Report on vaccination proceedings throughout the Government of Bengal -
Year: 1868
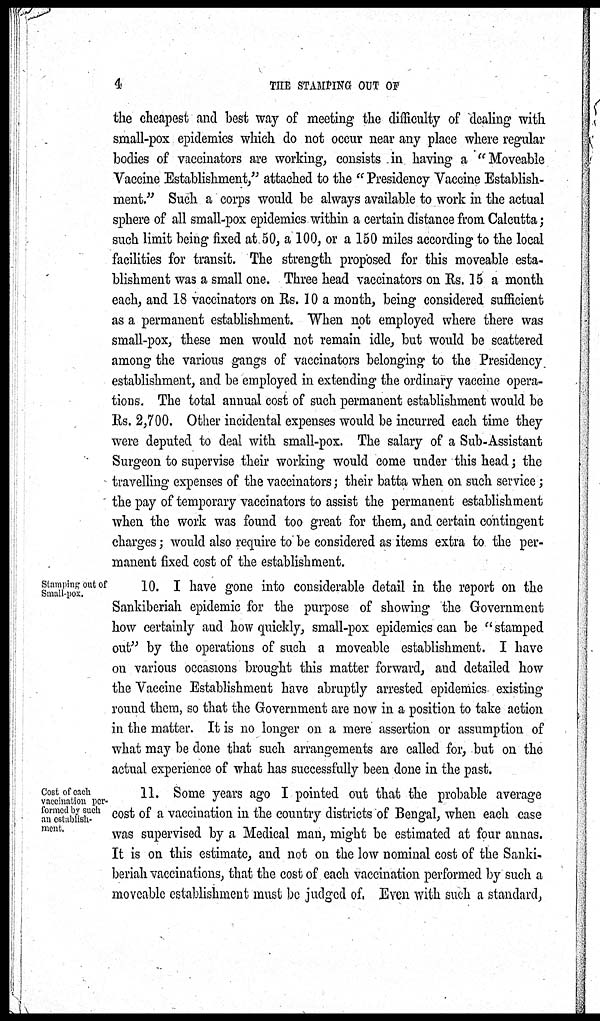
4
THE STAMPING OUT OF
the cheapest and best way of meeting the difficulty of dealing with
small-pox epidemics which do not occur near any place where regular
bodies of vaccinators are working, consists in having a " Moveable
Vaccine Establishment," attached to the " Presidency Vaccine Establish-
ment." Such a corps would be always available to work in the actual
sphere of all small-pox epidemics within a certain distance from Calcutta;
such limit being fixed at 50, a 100, or a 150 miles according to the local
facilities for transit. The strength proposed for this moveable esta-
blishment was a small one. Three head vaccinators on Rs. 15 a month
each, and 18 vaccinators on Rs. 10 a month, being considered sufficient
as a permanent establishment. When not employed where there was
small-pox, these men would not remain idle, but would be scattered
among the various gangs of vaccinators belonging to the Presidency
establishment, and be employed in extending the ordinary vaccine opera-
tions. The total annual cost of such permanent establishment would be
Rs. 2,700. Other incidental expenses would be incurred each time they
were deputed to deal with small-pox. The salary of a Sub-Assistant
Surgeon to supervise their working would come under this head; the
travelling expenses of the vaccinators; their batta when on such service;
the pay of temporary vaccinators to assist the permanent establishment
when the work was found too great for them, and certain contingent
charges; would also require to be considered as items extra to the per-
manent fixed cost of the establishment.
Stamping out of
Small-pox.
10. I have gone into considerable detail in the report on the
Sankiberiah epidemic for the purpose of showing the Government
how certainly and how quickly, small-pox epidemics can be " stamped
out" by the operations of such a moveable establishment. I have
on various occasions brought this matter forward, and detailed how
the Vaccine Establishment have abruptly arrested epidemics existing
round them, so that the Government are now in a position to take action
in the matter. It is no longer on a mere assertion or assumption of
what may be done that such arrangements are called for, but on the
actual experience of what has successfully been done in the past.
Cost of each
vaccination per-
formed by such
an establish-
ment.
11. Some years ago I pointed out that the probable average
cost of a vaccination in the country districts of Bengal, when each case
was supervised by a Medical man, might be estimated at four annas.
It is on this estimate, and not on the low nominal cost of the Sanki-
beriah vaccinations, that the cost of each vaccination performed by such a
moveable establishment must be judged of. Even with such a standard,